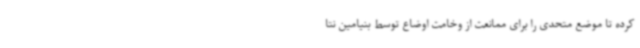
کرده تا موضع متحدی را برای ممانعت از وخامت اوضاع توسط بنیامین نتا